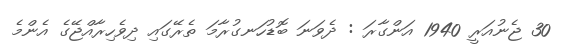
30 ޖެނުއަރީ 1940 އަންގާރަ : ދެވަނަ ބޮޑުހަނގުރާމަ ތެރޭގައި ދިވެހިރާއްޖޭގެ އެންމެ